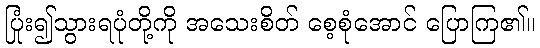
ပြုံး၍သွားရပုံတို့ကို အသေးစိတ် စေ့စုံအောင် ပြောကြ၏။